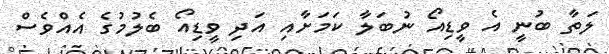
ލަތާ ބުނީ އެ ވީޑިއޯ ނުބަލާ ކަމަށާއި އަދި ވީޑިއޯ ބެލުމުގެ އެއްވެސް